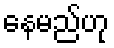
နေမည်ဟု